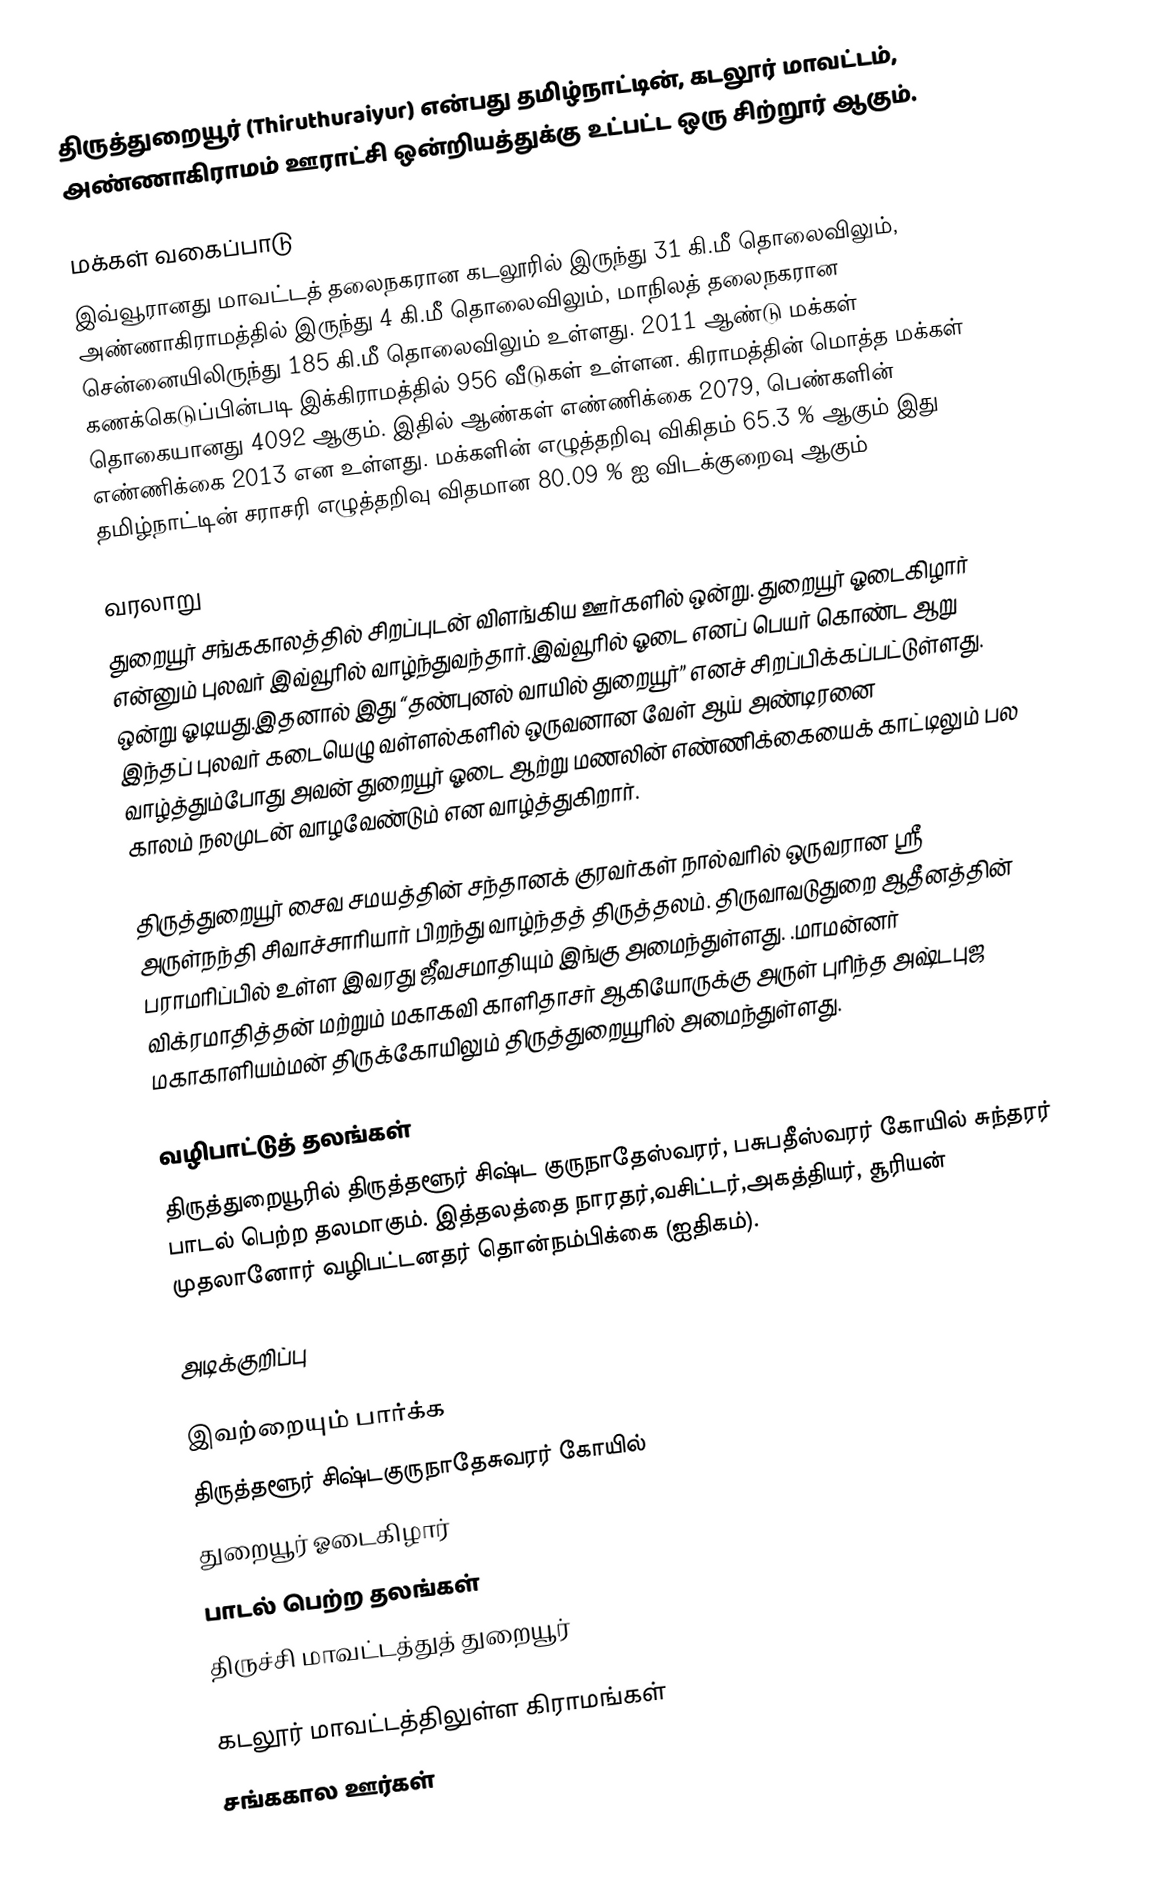
திருத்துறையூர் (Thiruthuraiyur) என்பது தமிழ்நாட்டின், கடலூர் மாவட்டம், அண்ணாகிராமம் ஊராட்சி ஒன்றியத்துக்கு உட்பட்ட ஒரு சிற்றூர் ஆகும்.

மக்கள் வகைப்பாடு
இவ்வூரானது மாவட்டத் தலைநகரான கடலூரில் இருந்து  31 கி.மீ தொலைவிலும், அண்ணாகிராமத்தில் இருந்து  4 கி.மீ தொலைவிலும், மாநிலத் தலைநகரான சென்னையிலிருந்து  185 கி.மீ தொலைவிலும் உள்ளது.  2011 ஆண்டு மக்கள் கணக்கெடுப்பின்படி இக்கிராமத்தில் 956 வீடுகள் உள்ளன. கிராமத்தின் மொத்த மக்கள் தொகையானது 4092 ஆகும். இதில் ஆண்கள் எண்ணிக்கை 2079, பெண்களின் எண்ணிக்கை 2013 என உள்ளது. மக்களின் எழுத்தறிவு விகிதம் 65.3 % ஆகும் இது தமிழ்நாட்டின் சராசரி எழுத்தறிவு விதமான 80.09 % ஐ விடக்குறைவு ஆகும்

வரலாறு
துறையூர் சங்ககாலத்தில் சிறப்புடன் விளங்கிய ஊர்களில் ஒன்று. துறையூர் ஓடைகிழார் என்னும் புலவர் இவ்வூரில் வாழ்ந்துவந்தார்.இவ்வூரில் ஓடை எனப் பெயர் கொண்ட ஆறு ஒன்று ஓடியது.இதனால் இது “தண்புனல் வாயில் துறையூர்” எனச் சிறப்பிக்கப்பட்டுள்ளது. இந்தப் புலவர் கடையெழு வள்ளல்களில் ஒருவனான வேள் ஆய் அண்டிரனை வாழ்த்தும்போது அவன் துறையூர் ஓடை ஆற்று மணலின் எண்ணிக்கையைக் காட்டிலும் பல காலம் நலமுடன் வாழவேண்டும் என வாழ்த்துகிறார்.

திருத்துறையூர் சைவ சமயத்தின் சந்தானக் குரவர்கள் நால்வரில் ஒருவரான ஸ்ரீ அருள்நந்தி சிவாச்சாரியார் பிறந்து வாழ்ந்தத் திருத்தலம். திருவாவடுதுறை ஆதீனத்தின் பராமரிப்பில் உள்ள இவரது ஜீவசமாதியும் இங்கு அமைந்துள்ளது. .மாமன்னர் விக்ரமாதித்தன் மற்றும் மகாகவி காளிதாசர் ஆகியோருக்கு அருள் புரிந்த அஷ்டபுஜ மகாகாளியம்மன் திருக்கோயிலும் திருத்துறையூரில் அமைந்துள்ளது.

வழிபாட்டுத் தலங்கள்
திருத்துறையூரில் திருத்தளூர் சிஷ்ட குருநாதேஸ்வரர், பசுபதீஸ்வரர் கோயில் சுந்தரர் பாடல் பெற்ற தலமாகும். இத்தலத்தை நாரதர்,வசிட்டர்,அகத்தியர், சூரியன் முதலானோர் வழிபட்டனதர் தொன்நம்பிக்கை (ஐதிகம்).

அடிக்குறிப்பு

இவற்றையும் பார்க்க
 திருத்தளூர் சிஷ்டகுருநாதேசுவரர் கோயில்
 துறையூர் ஓடைகிழார்
 பாடல் பெற்ற தலங்கள்
 திருச்சி மாவட்டத்துத் துறையூர்

கடலூர் மாவட்டத்திலுள்ள கிராமங்கள்
சங்ககால ஊர்கள்